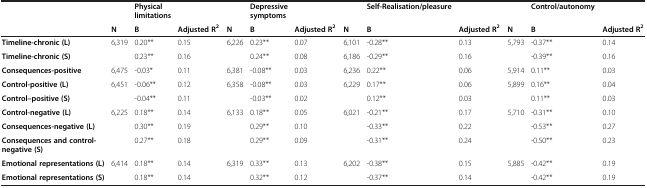
<table><thead><tr><td><b> </b></td><td><b> </b></td><td><b>Physical limitations</b></td><td><b> </b></td><td><b> </b></td><td><b>Depressive symptoms</b></td><td><b> </b></td><td><b> </b></td><td><b>Self-Realisation/pleasure</b></td><td><b> </b></td><td><b> </b></td><td><b>Control/autonomy</b></td><td><b> </b></td></tr><tr><td><b> </b></td><td><b>N</b></td><td><b>B</b></td><td><b>Adjusted R<sup>2</sup></b></td><td><b>N</b></td><td><b>B</b></td><td><b>Adjusted R<sup>2</sup></b></td><td><b>N</b></td><td><b>B</b></td><td><b>Adjusted R<sup>2</sup></b></td><td><b>N</b></td><td><b>B</b></td><td><b>Adjusted R<sup>2</sup></b></td></tr></thead><tbody><tr><td><b>Timeline-chronic (L)</b></td><td>6,319</td><td>0.20**</td><td>0.15</td><td>6,226</td><td>0.23**</td><td>0.07</td><td>6,101</td><td>-0.28**</td><td>0.13</td><td>5,793</td><td>-0.37**</td><td>0.14</td></tr><tr><td><b>Timeline-chronic (S)</b></td><td> </td><td>0.23**</td><td>0.16</td><td> </td><td>0.24**</td><td>0.08</td><td>6,186</td><td>-0.29**</td><td>0.16</td><td> </td><td>-0.39**</td><td>0.16</td></tr><tr><td><b>Consequences-positive</b></td><td>6,475</td><td>-0.03*</td><td>0.11</td><td>6,381</td><td>-0.08**</td><td>0.03</td><td>6,236</td><td>0.22**</td><td>0.06</td><td>5,914</td><td>0.11**</td><td>0.03</td></tr><tr><td><b>Control-positive (L)</b></td><td>6,451</td><td>-0.06**</td><td>0.12</td><td>6,358</td><td>-0.08**</td><td>0.03</td><td>6,229</td><td>0.17**</td><td>0.06</td><td>5,899</td><td>0.16**</td><td>0.04</td></tr><tr><td><b>Control–positive (S)</b></td><td> </td><td>-0.04**</td><td>0.11</td><td> </td><td>-0.03**</td><td>0.02</td><td> </td><td>0.12**</td><td>0.03</td><td> </td><td>0.11**</td><td>0.03</td></tr><tr><td><b>Control-negative (L)</b></td><td>6,225</td><td>0.18**</td><td>0.14</td><td>6,133</td><td>0.18**</td><td>0.05</td><td>6,021</td><td>-0.21**</td><td>0.17</td><td>5,710</td><td>-0.31**</td><td>0.10</td></tr><tr><td><b>Consequences-negative (L)</b></td><td> </td><td>0.30**</td><td>0.19</td><td> </td><td>0.29**</td><td>0.10</td><td> </td><td>-0.33**</td><td>0.22</td><td> </td><td>-0.53**</td><td>0.27</td></tr><tr><td><b>Consequences and control-negative (S)</b></td><td> </td><td>0.27**</td><td>0.18</td><td> </td><td>0.29**</td><td>0.09</td><td> </td><td>-0.31**</td><td>0.24</td><td> </td><td>-0.50**</td><td>0.23</td></tr><tr><td><b>Emotional representations (L)</b></td><td>6,414</td><td>0.18**</td><td>0.14</td><td>6,319</td><td>0.33**</td><td>0.13</td><td>6,202</td><td>-0.38**</td><td>0.15</td><td>5,885</td><td>-0.42**</td><td>0.19</td></tr><tr><td><b>Emotional representations (S)</b></td><td> </td><td>0.18**</td><td>0.14</td><td> </td><td>0.32**</td><td>0.12</td><td> </td><td>-0.37**</td><td>0.14</td><td> </td><td>-0.42**</td><td>0.19</td></tr></tbody></table>